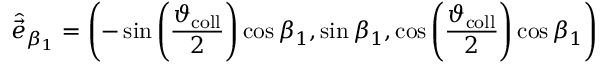
\hat { \vec { e } } _ { \beta _ { 1 } } = \left( - \sin \left( \frac { \vartheta _ { \mathrm { c o l l } } } { 2 } \right) \cos \beta _ { 1 } , \sin \beta _ { 1 } , \cos \left( \frac { \vartheta _ { \mathrm { c o l l } } } { 2 } \right) \cos \beta _ { 1 } \right)